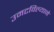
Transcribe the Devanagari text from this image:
उमटविल्याने